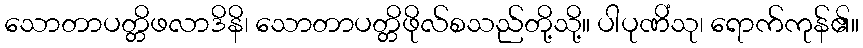
သောတာပတ္တိဖလာဒိနိ၊ သောတာပတ္တိဖိုလ်စသည်တို့သို့။ ပါပုဏိံသု၊ ရောက်ကုန်၏။